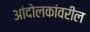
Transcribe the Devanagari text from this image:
आंदोलकांवरील